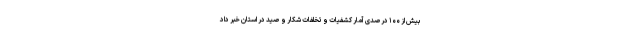
بیش از ۱۰۰ درصدی آمار کشفیات و تخلفات شکار و صید در استان خبر داد